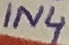
Text: IN4